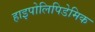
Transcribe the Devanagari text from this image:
हाइपोलिपिडेमिक